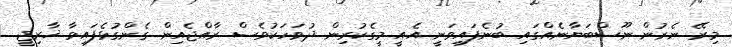
މިރޭ ނެރުން ނޫސްބަޔާނެއްގައި ބުނެފައިވަނީ އެއީ މީގެކުރިން ދުވަހަކުވެސް ރާއްޖެއިން ގެންގުޅެފައިވާ ޚާރިޖީ